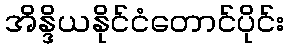
အိန္ဒိယနိုင်ငံတောင်ပိုင်း